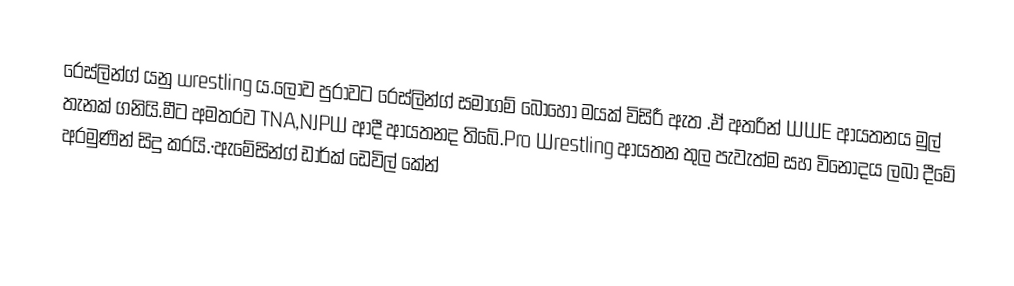
රෙස්ලින්ග් යනු wrestling ය.ලොව පුරාවට රෙස්ලින්ග් සමාගම් බොහෝ මයක් විසිරී ඇත .ඒ අතරින් WWE ආයතනය මුල් තැනක් ගනියි.මීට අමතරව TNA,NJPW ආදී ආයතනද තිබේ.Pro Wrestling ආයතන තුල පැවැත්ම සහ විනෝදය ලබා දීමේ අරමුණින් සිදු කරයි.·ඇමේසින්ග් ඩාර්ක් ඩෙවිල් කේන්